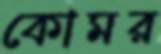
কোমর